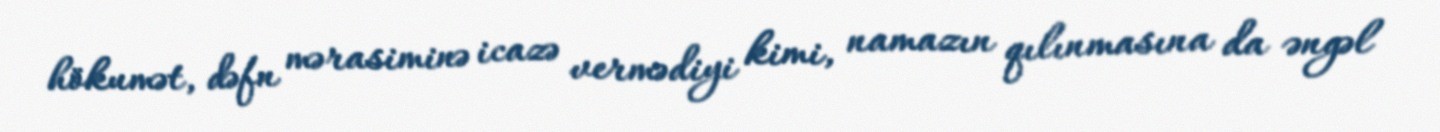
hökumət, dəfn mərasiminə icazə vermədiyi kimi, namazın qılınmasına da əngəl